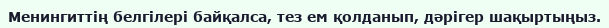
Менингиттің белгілері байқалса, тез ем қолданып, дәрігер шақыртыңыз.